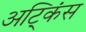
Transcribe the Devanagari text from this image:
अट्किंस